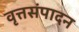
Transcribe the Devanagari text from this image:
वृत्तसंपादन